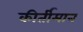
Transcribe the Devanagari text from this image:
कीर्तीमान